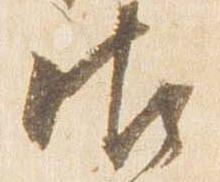
御